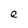
Character: e